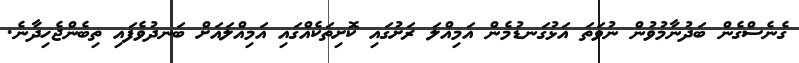
ގެނެސްގެން ބަދުނާމުވުން ނުވަތަ އަޅުގަނޑުމެން އަމިއްލަ ރަށުގައި ކޮށިތަކެއްގައި އަމިއްލައަށް ބަނދުވެފައި ތިބެންޖެހިދާނެ.